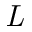
\mathit { L }